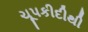
ચૂપકીદીથી